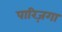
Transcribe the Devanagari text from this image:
पारिज़गा